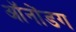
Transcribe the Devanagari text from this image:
ऑनोंडग